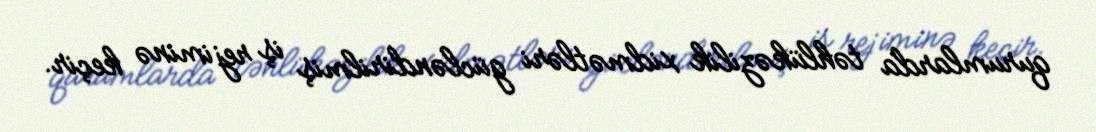
qurumlarda təhlükəzilik xidmətləri gücləndirilmiş iş rejiminə keçir.